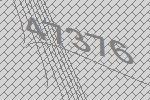
47376